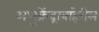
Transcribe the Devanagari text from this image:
अणुक्रेंद्राबाहेरील